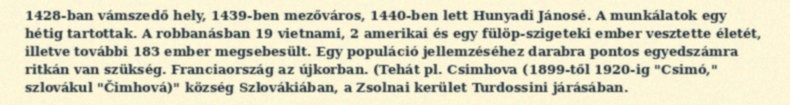
1428-ban vámszedő hely, 1439-ben mezőváros, 1440-ben lett Hunyadi Jánosé. A munkálatok egy hétig tartottak. A robbanásban 19 vietnami, 2 amerikai és egy fülöp-szigeteki ember vesztette életét, illetve további 183 ember megsebesült. Egy populáció jellemzéséhez darabra pontos egyedszámra ritkán van szükség. Franciaország az újkorban. (Tehát pl. Csimhova (1899-től 1920-ig "Csimó," szlovákul "Čimhová)" község Szlovákiában, a Zsolnai kerület Turdossini járásában.